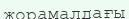
жорамалдағы